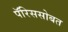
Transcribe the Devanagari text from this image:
पॅरिससोबत